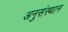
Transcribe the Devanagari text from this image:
अनुसंस्थान